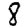
Digit: 8